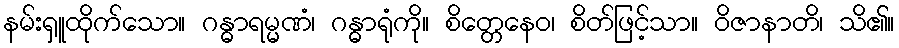
နမ်းရှူထိုက်သော။ ဂန္ဓာရမ္မဏံ၊ ဂန္ဓာရုံကို။ စိတ္တေနေဝ၊ စိတ်ဖြင့်သာ။ ဝိဇာနာတိ၊ သိ၏။